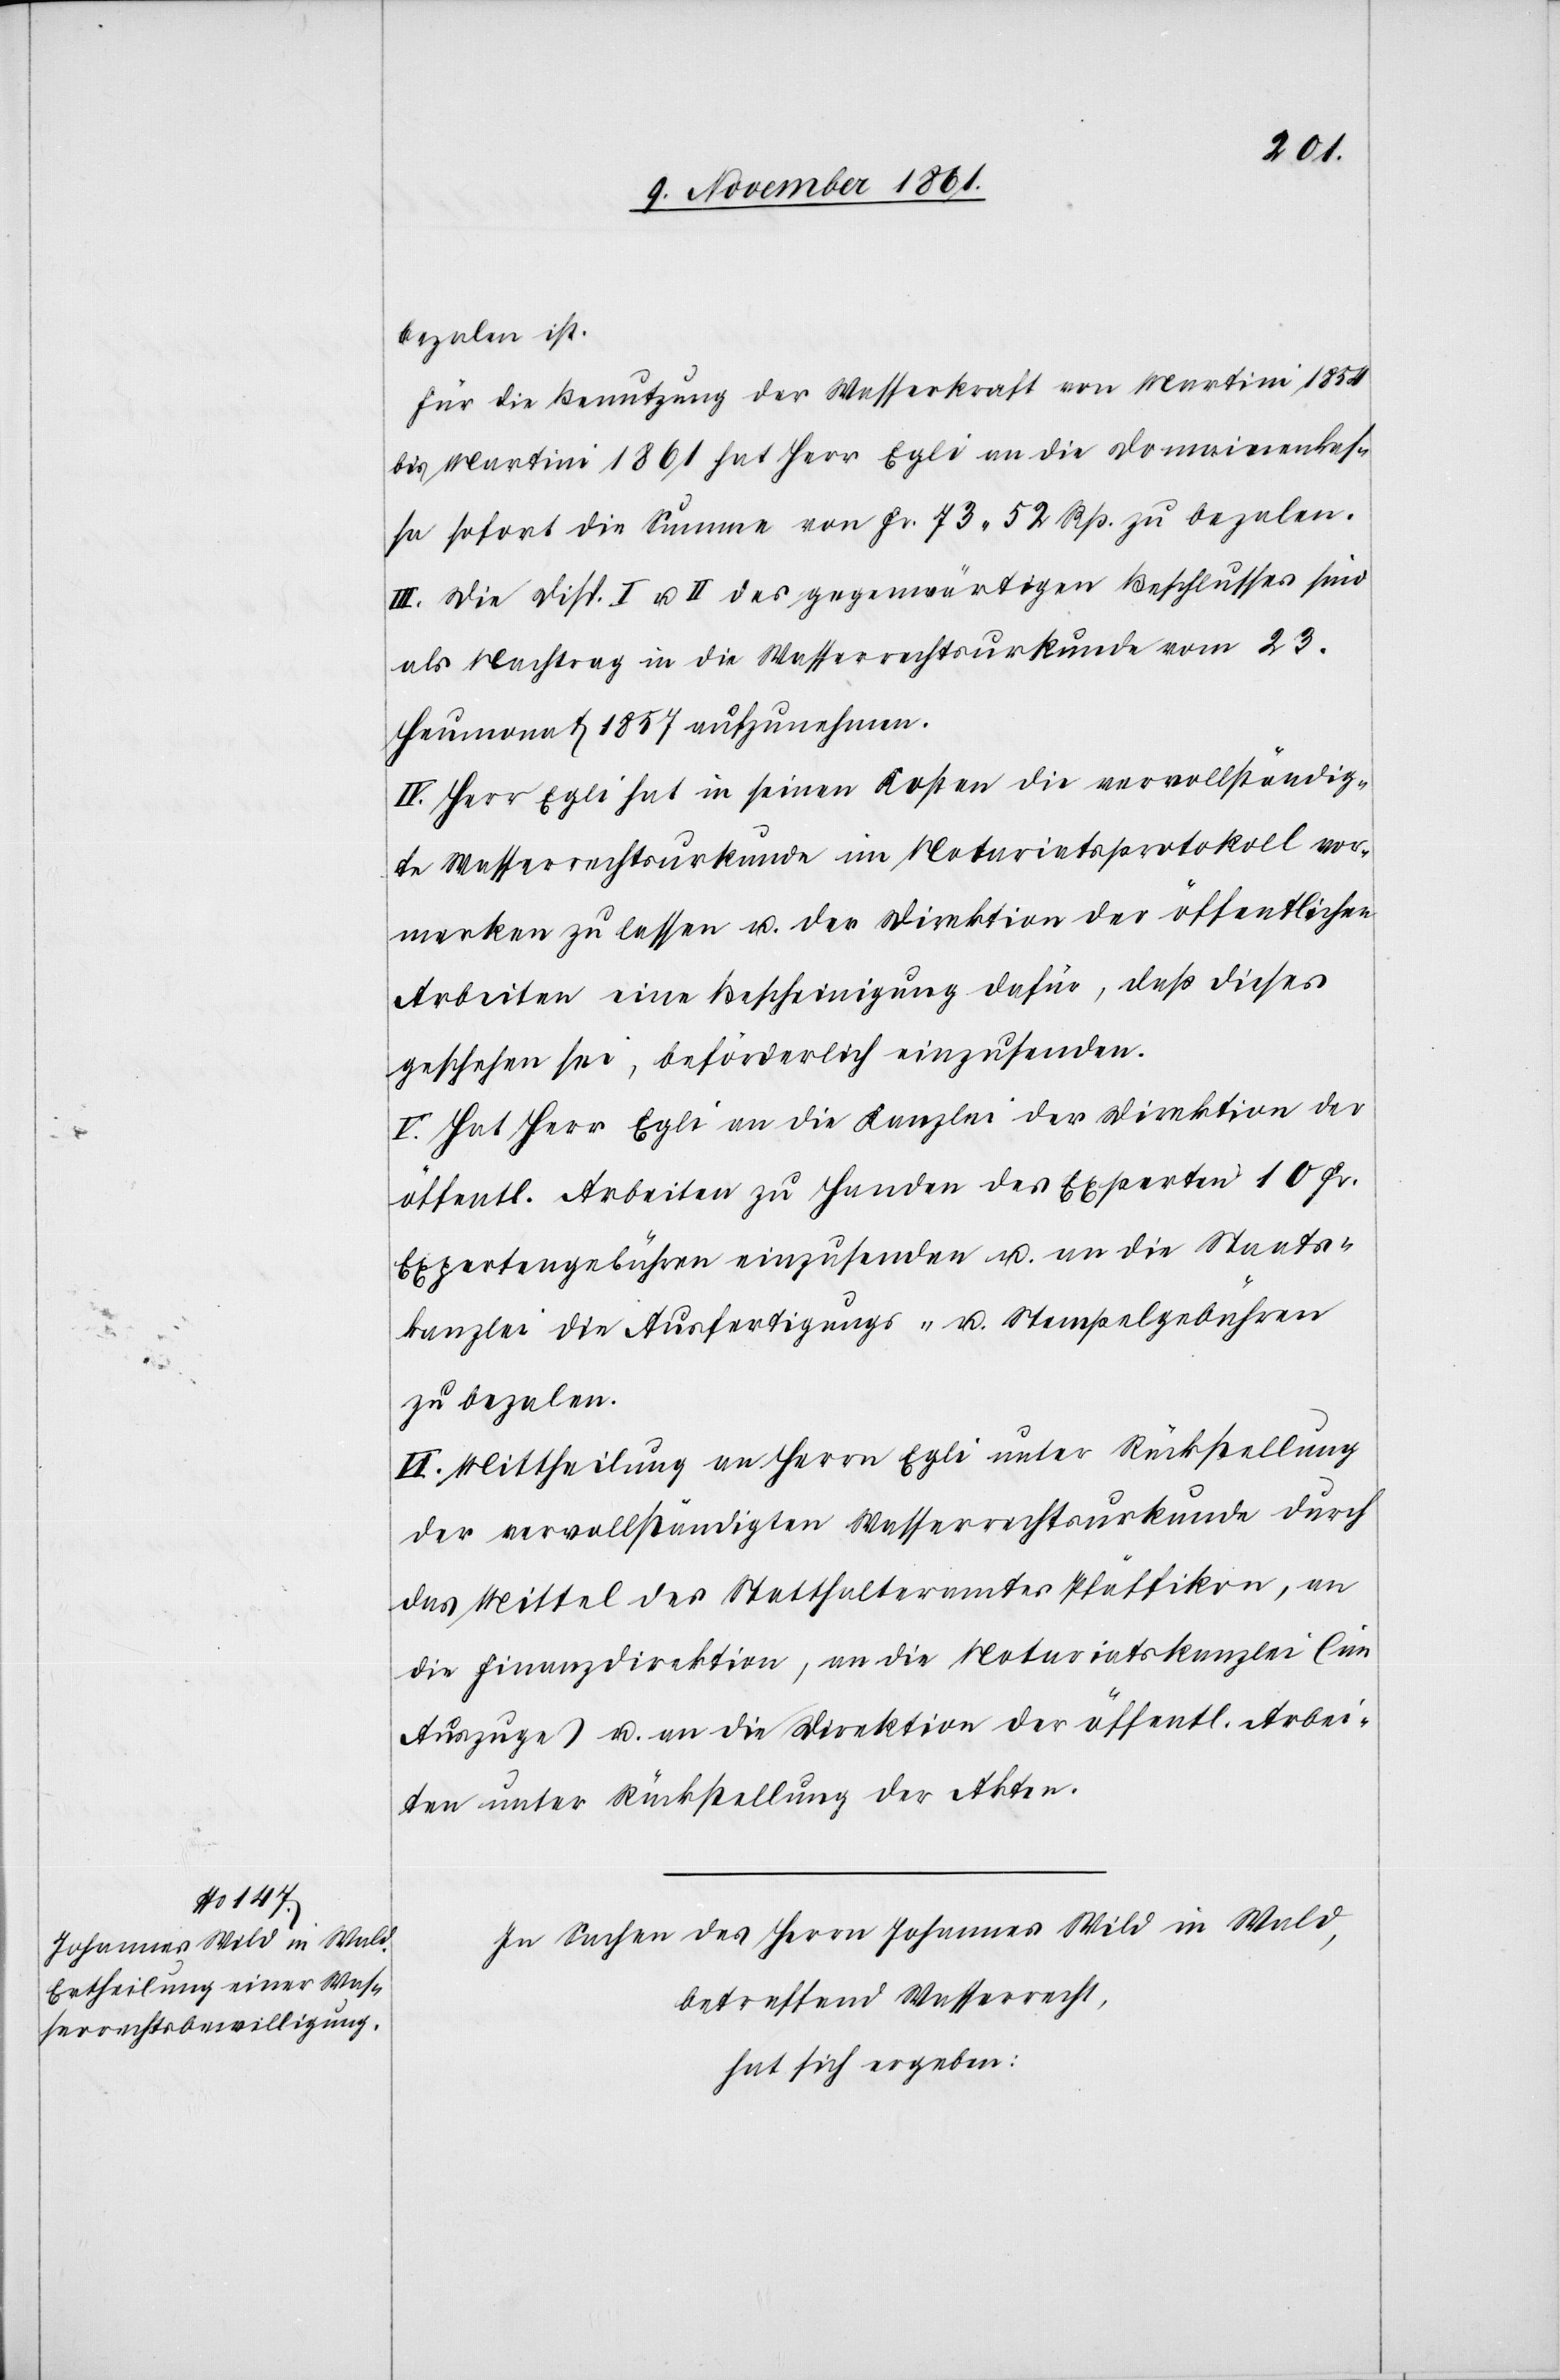
bezalen ist.
Für die Benutzung der Wasserkraft von Martini 1854
bis Martini 1861 hat Herr Egli an die Domainenkas¬
sa sofort die Summe von Fr. 73. 52 Rp. zu bezalen.
III. Die Disp. I u. II des gegenwärtigen Beschlusses sind
als Nachtrag in die Wasserrechtsurkunde vom 23
Heumonat 1857 aufzunehmen.
IV. Herr Egli hat in seinen Kosten die vervollständig¬
te Wasserrechtsurkunde im Notariatsprotokoll vor¬
merken zu lassen u. der Direktion der öffentlichen
Arbeiten eine Bescheinigung dafür, daß dieses
geschehen sei, beförderlich einzusenden.
V. Hat Herr Egli an die Kanzlei der Direktion der
öffentl. Arbeiten zu Handen des Experten 10 Fr.
Expertengebühren einzusenden u. an die Staats¬
kanzlei die Ausfertigungs- u. Stempelgebühren
zu bezalen.
VI. Mittheilung an Herrn Egli unter Rückstellung
der vervollständigten Wasserrechtsurkunde durch
das Mittel des Statthalteramtes Pfäffikon, an
die Finanzdirektion, an die Notariatskanzlei (im
Auszuge) u. an die Direktion der öffentl. Arbei¬
ten unter Rückstellung der Akten.
In Sachen des Herrn Johannes Wild in Wald,
betreffend Wasserrecht,
hat sich ergeben: